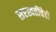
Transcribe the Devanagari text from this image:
सरस्वतींचेही